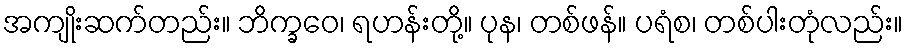
အကျိုးဆက်တည်း။ ဘိက္ခဝေ၊ ရဟန်းတို့။ ပုန၊ တစ်ဖန်။ ပရံစ၊ တစ်ပါးတုံလည်း။